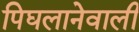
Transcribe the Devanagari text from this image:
पिघलानेवाली